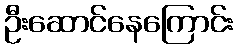
ဦးဆောင်နေကြောင်း